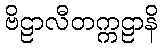
ဗိဠာလီတက္ကဠာနိ